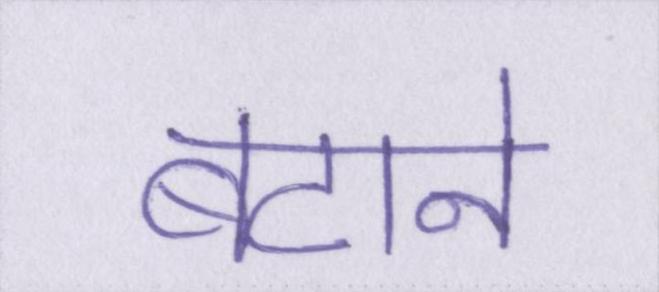
बटाने